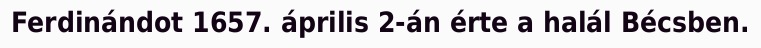
Ferdinándot 1657. április 2-án érte a halál Bécsben.